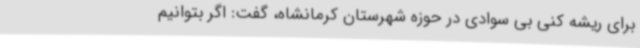
برای ریشه کنی بی سوادی در حوزه شهرستان کرمانشاه، گفت: اگر بتوانیم